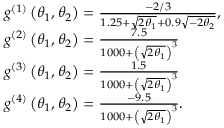
\begin{array} { r l } & { g ^ { ( 1 ) } \left( \theta _ { 1 } , \theta _ { 2 } \right) = \frac { - 2 / 3 } { 1 . 2 5 + \sqrt { 2 \theta _ { 1 } } + 0 . 9 \sqrt { - 2 \theta _ { 2 } } } \mathrm { , } } \\ & { g ^ { ( 2 ) } \left( \theta _ { 1 } , \theta _ { 2 } \right) = \frac { 7 . 5 } { 1 0 0 0 + \left( \sqrt { 2 \theta _ { 1 } } \right) ^ { 3 } } } \\ & { g ^ { ( 3 ) } \left( \theta _ { 1 } , \theta _ { 2 } \right) = \frac { 1 . 5 } { 1 0 0 0 + \left( \sqrt { 2 \theta _ { 1 } } \right) ^ { 3 } } } \\ & { g ^ { ( 4 ) } \left( \theta _ { 1 } , \theta _ { 2 } \right) = \frac { - 9 . 5 } { 1 0 0 0 + \left( \sqrt { 2 \theta _ { 1 } } \right) ^ { 3 } } \mathrm { . } } \end{array}